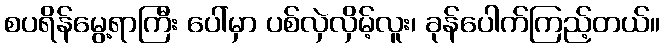
စပရိန်မွေ့ရာကြီး ပေါ်မှာ ပစ်လှဲလှိမ့်လူး၊ ခုန်ပေါက်ကြည့်တယ်။